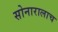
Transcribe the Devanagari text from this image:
सोनारालाच